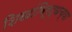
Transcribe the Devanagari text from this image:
शिखांविरूद्धच्या